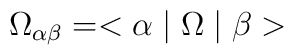
\Omega_{\alpha\beta}=<\alpha \mid \Omega \mid \beta>